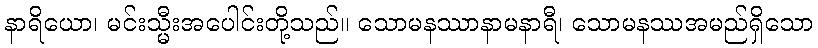
နာရိယော၊ မင်းသ္မီးအပေါင်းတို့သည်။ သောမနဿာနာမနာရီ၊ သောမနဿအမည်ရှိသော